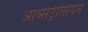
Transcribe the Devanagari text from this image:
आब्सेट्रीसियन